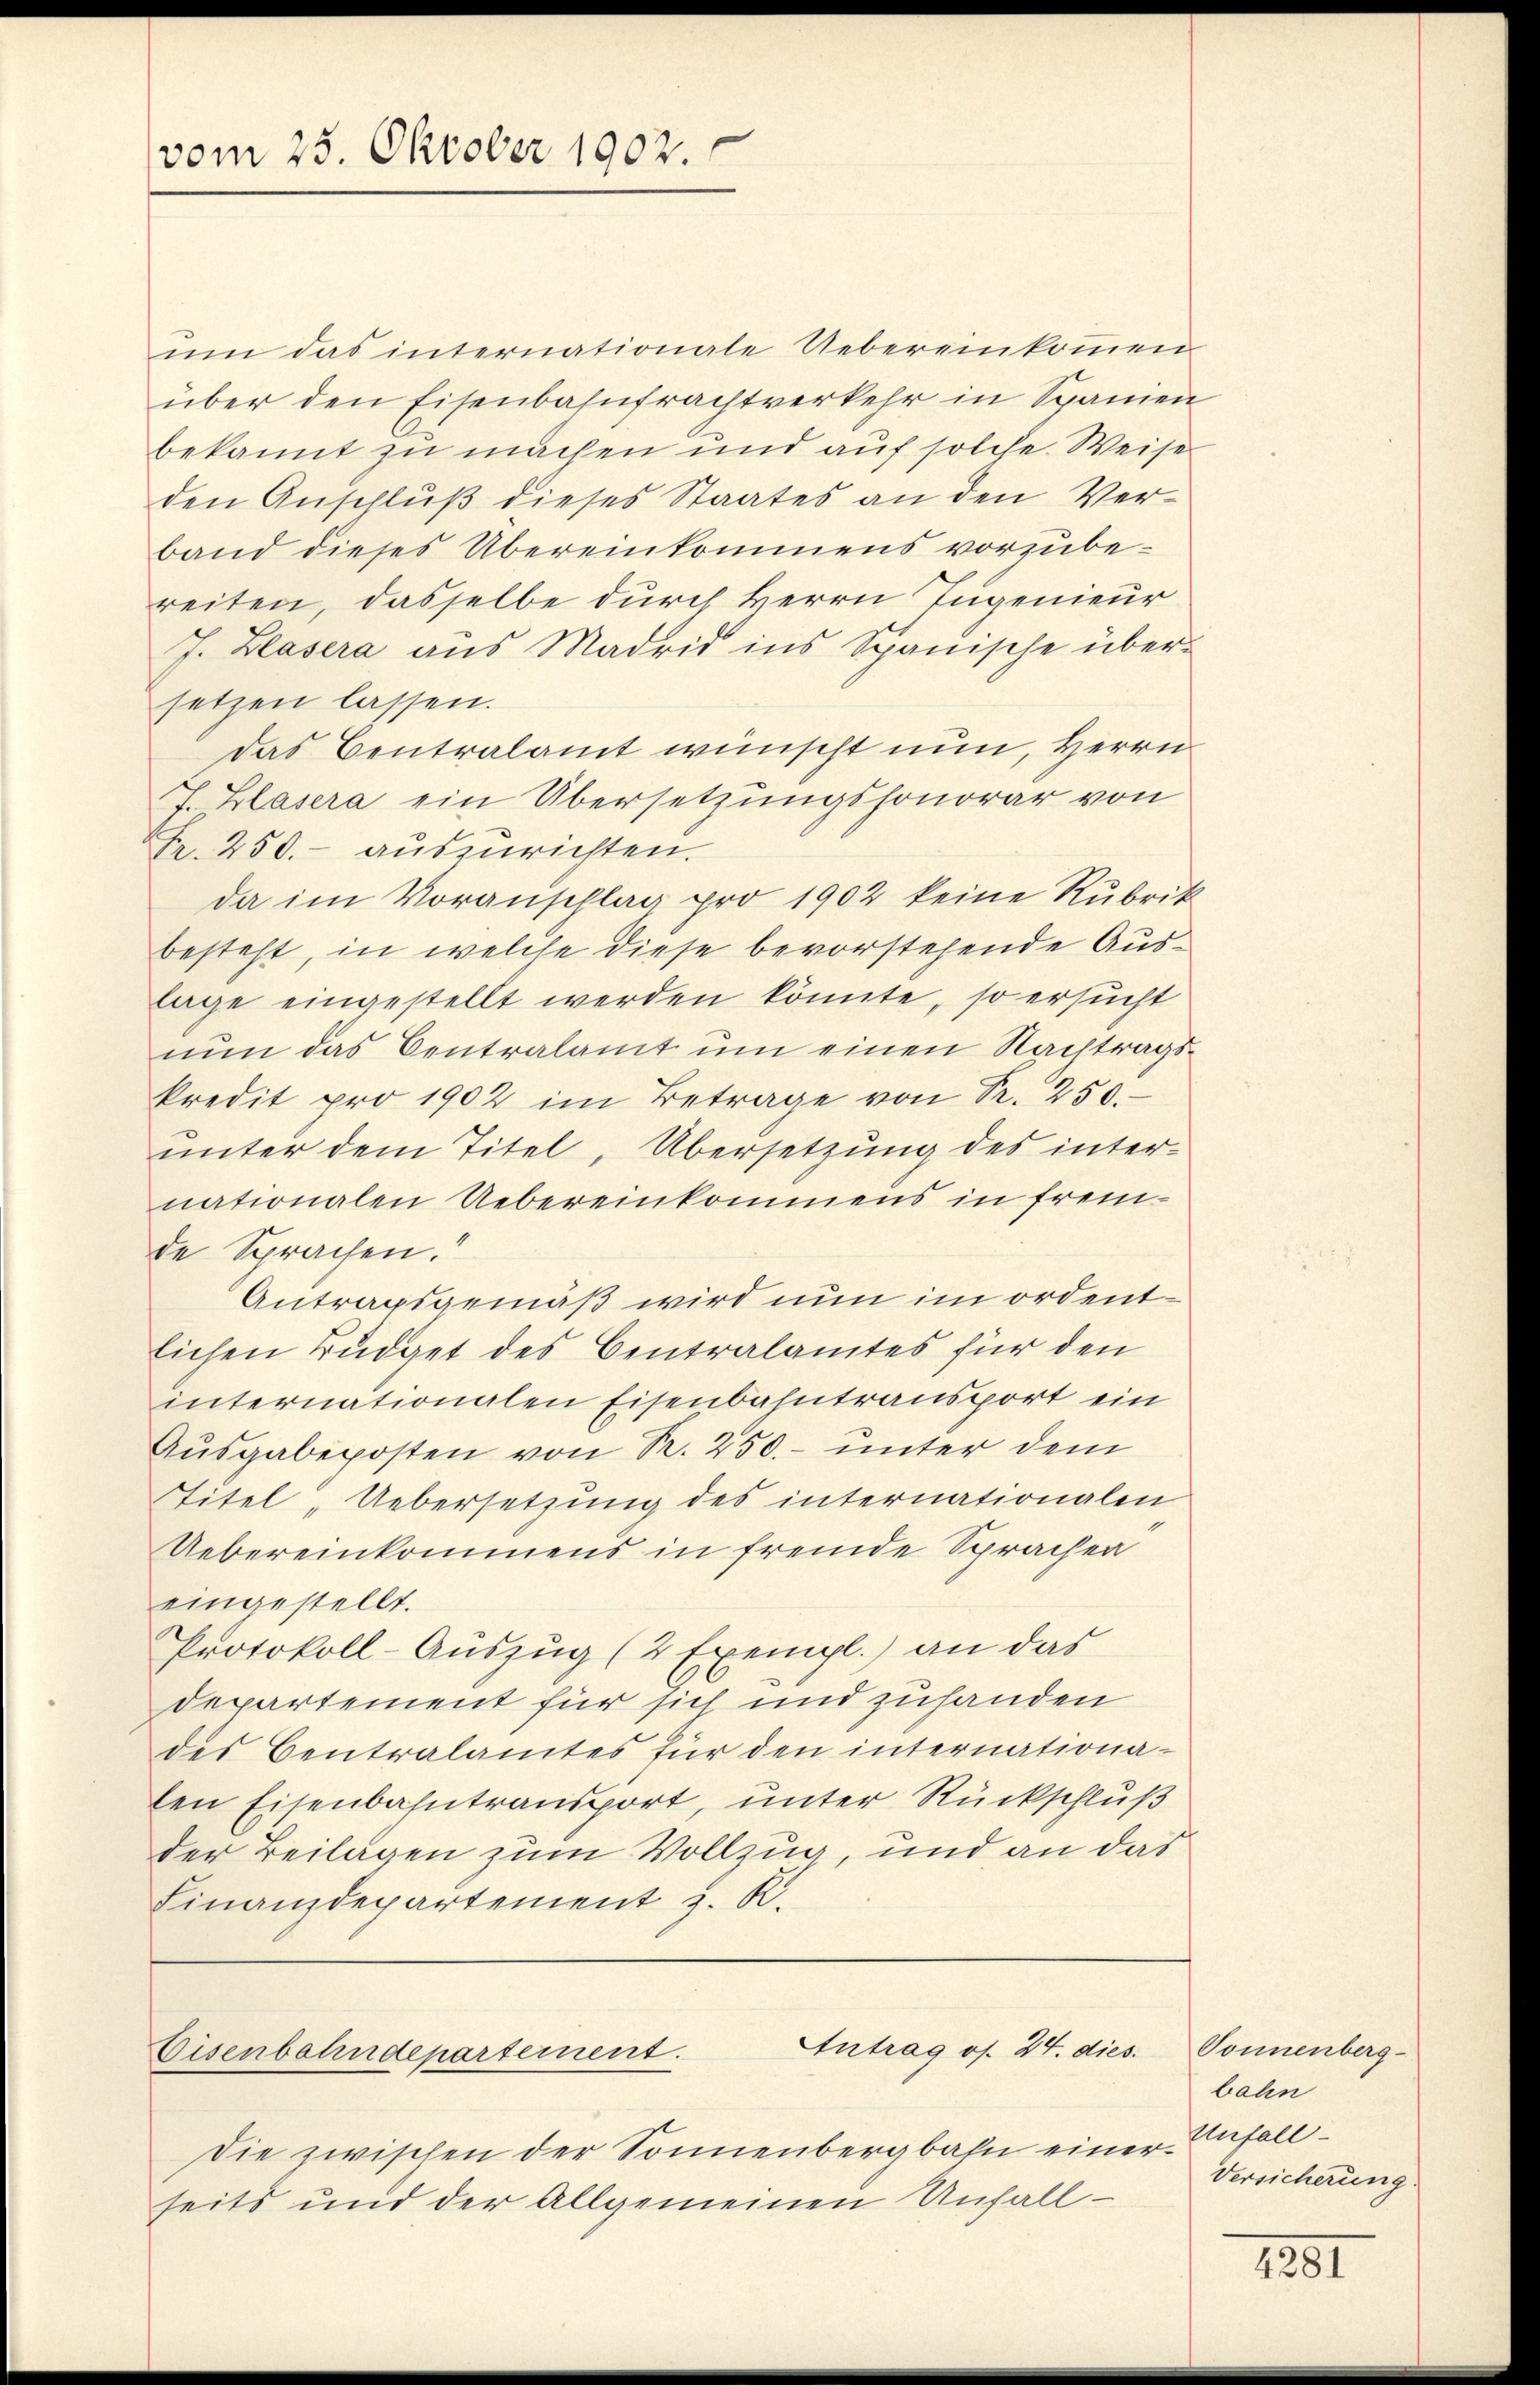
vom 25. Oktober 1902

ŭm das internationale Uebereinkommen
über den Eisenbahnfrachtverkehr in Spanien
bekannt zu machen und auf solche Weise
den Anschluß dieses Staates an den Verband dieses Übereinkommens vorzubereiten, dasselbe durch Herrn Jugenieur
J. Blasera aus Madrid ins Spanische übersetzen lassen.
Das Centralamt wünscht nun, Herrn
J. Blasera ein Übersetzungssonorar von
Fr. 250.- auszurichten.
da im Voranschlag pro 1902 keine Rubrik
besteht, in welche diese bevorstehende Auslage eingestellt werden könnte, so ersucht
nun das Centralamt um einen Nachtragskredit pro 1902 im Betrage von Pr. 250.
unter dem Titel, Übersetzung des internationalen Uebereinkommens in frem-
de Sprachen.“
Antragsgemäß wird nun im ordentlichen Budget des Centralamtes für den
internationalen Eisenbahntransport ein
Ausgabeposten von R. 250.- unter dem
Titel „Uebersetzung des internationalen
Uebereinkommens in fremde Sprachen
eingestellt.
Protokoll-Auszug (2 Exempl.) an das
departement für sich und zuhanden
des Centralamtes für den internationalen Eisenbahntransport, unter Rückschluß
der Beilagen zum Vollzug und an das
Finanzdepartement z. K.

Antrag os. 24. dies. Sonnenberg-
Eisenbahndepartement.

Die zwischen der Sonnenbergbahn einen
seits und der Allgemeinen Unfall-

bahn
Unfall
d
Versicherung.

4281